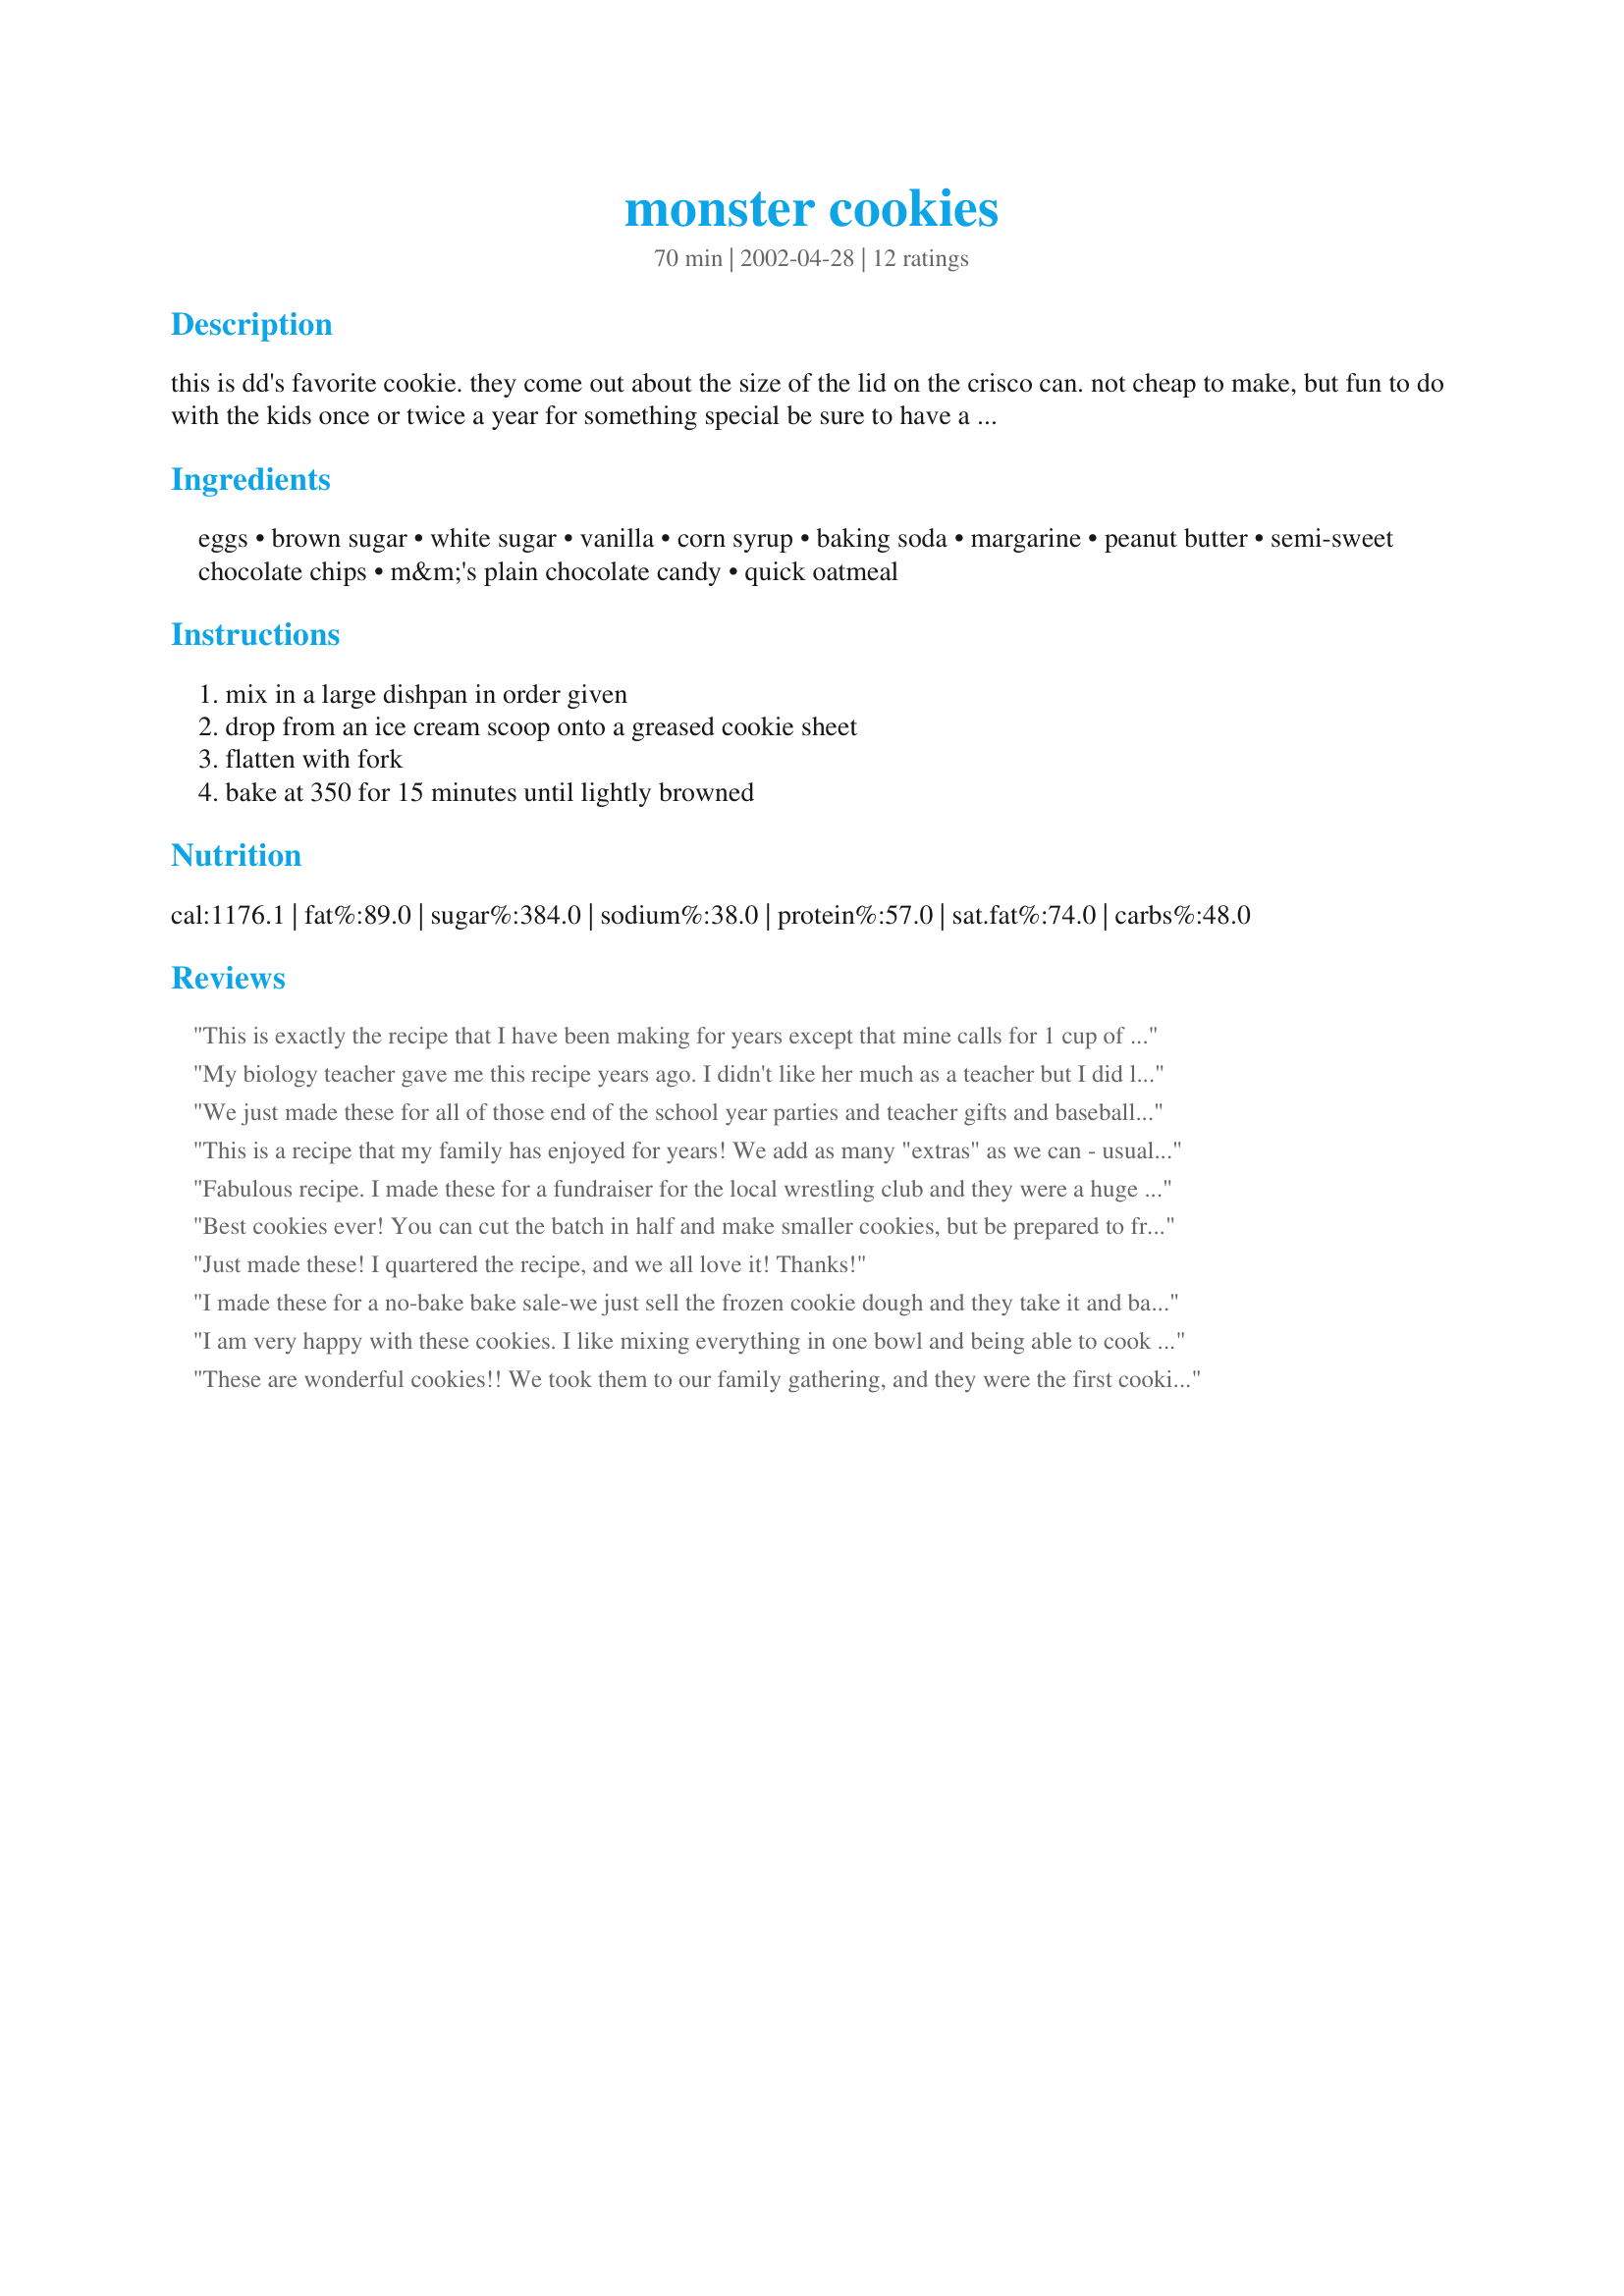
monster cookies
Preparation time: 70 minutes

this is dd's favorite cookie. they come out about the size of the lid on the crisco can. not cheap to make, but fun to do with the kids once or twice a year for something special be sure to have a large dishpan or bowl to mix them up in.

Ingredients:
eggs, brown sugar, white sugar, vanilla, corn syrup, baking soda, margarine, peanut butter, semi-sweet chocolate chips, m&m's plain chocolate candy, quick oatmeal

Steps:
mix in a large dishpan in order given, drop from an ice cream scoop onto a greased cookie sheet, flatten with fork, bake at 350 for 15 minutes until lightly browned

Reviews:
This is exactly the recipe that I have been making for years except that mine calls for 1 cup of corn syrup which would make them even chewier and I always make them with regular oatmeal, not quick. When I first got the recipe it included instructions not to halve it but since then I have seen the recipe at half this size and the results are the same. One thing though, I can't imagine getting only 24 cookies out of this recipe! I used to make half the cookies as above, then add peanuts to the remainder of the batch and I would end up freezing a good sized box of each kind. Unfortunately, my box of the plain Monsters never lasted as long as DH's box with the peanuts added. :( Great recipe, Mysterygirl!
My biology teacher gave me this recipe years ago. I didn't like her much as a teacher but I did love her cookies!! :) You can also make regular drop size cookies, just make sure you check them between 10-12 minutes. They are especially good if you use super chunky peanut butter. Thanks for the memories Mysterygirl! I need to make these for my kids sometime.
We just made these for all of those end of the school year parties and teacher gifts and baseball treats on and on !!! They make a tonnn! I got this same exact recipe when I was about 14 years old and until the zaar, nobody but me had ever heard of these and when they saw the list of ingrediants WHAT !!!Don't worry, the dough keeps well in the fridge We love them with a whole package of butterscotch chips in ours.
This is a recipe that my family has enjoyed for years! We add as many "extras" as we can - usually including (in addition to the M&M's & Chocolate Chips) butterscotch chips, pecans, and vanilla chips. I don't have a large dishpan, so I scrub out one side of my sink really well and use it.
Fabulous recipe. I made these for a fundraiser for the local wrestling club and they were a huge hit. I also used regular butter and old-fashioned oats. My kids and my husband now beg for these cookies.
Best cookies ever! You can cut the batch in half and make smaller cookies, but be prepared to freeze them, or eat them all(my choice). Very superb.
Just made these! I quartered the recipe, and we all love it! Thanks!
I made these for a no-bake bake sale-we just sell the frozen cookie dough and they take it and bake it. My kids and friends were taste testing and just loved it. I made them normal size also for the bake sale and then froze some monster-size ones. A definite hit with the under 10 crowed ( and big kids too!)
I am very happy with these cookies. I like mixing everything in one bowl and being able to cook a few and refrigerate the remainder of the cookie dough till later. This is going into my favorites for sure! Thanks.
These are wonderful cookies!! We took them to our family gathering, and they were the first cookies to go. We received lots of compliments and everyone asked for the recipe. Another family gathering is coming up, and we were told we HAD to bring these cookies.

One thing - we don't make them huge, but make them "normal" sized. BTW - A dishpan is a must when making these.
This is a great recipe. I mix everything except chips and candy. Then divide in half. To half use the M&M & Chips. To the other I make "peanut butter monsters" using peanut butter or butterscotch chips and reeses pieces. This recipe has almost turned into a curse for me. I made it for the church bake sale many years ago, and now every bake sale I am obligated to make them, or face a very disappointed crowd! I usually bake up half as "monsters" and then I use a 1 1/2 T. scoop and freeze portions and put in ziplock in freezer. Great way to make a dozen or so cookies in a pinch!
These are the best cookies ever. Every time I make them I get ooooo's and aaaaaah's from all who bite into one. I always use butter instead of margarine and old fashioned oats instead of quick. This dough freezes very well. Just drop out onto a cookie sheet, freeze and pop into freezer bags for later use.
